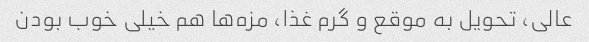
عالی، تحویل به موقع و گرم غذا، مزه‌ها هم خیلی خوب بودن